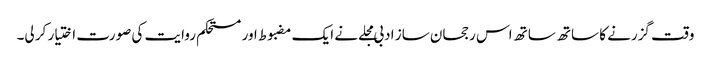
وقت گزرنے کا ساتھ ساتھ اس رجحان ساز ادبی مجلے نے ایک مضبوط اور مستحکم روایت کی صورت اختیار کر لی۔